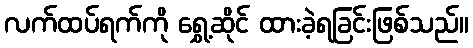
လက်ထပ်ရက်ကို ရွှေ့ဆိုင် ထားခဲ့ရခြင်းဖြစ်သည်။